Vaccine operations Central Provinces 1886-1899 - 1886-1899
Year: 1886
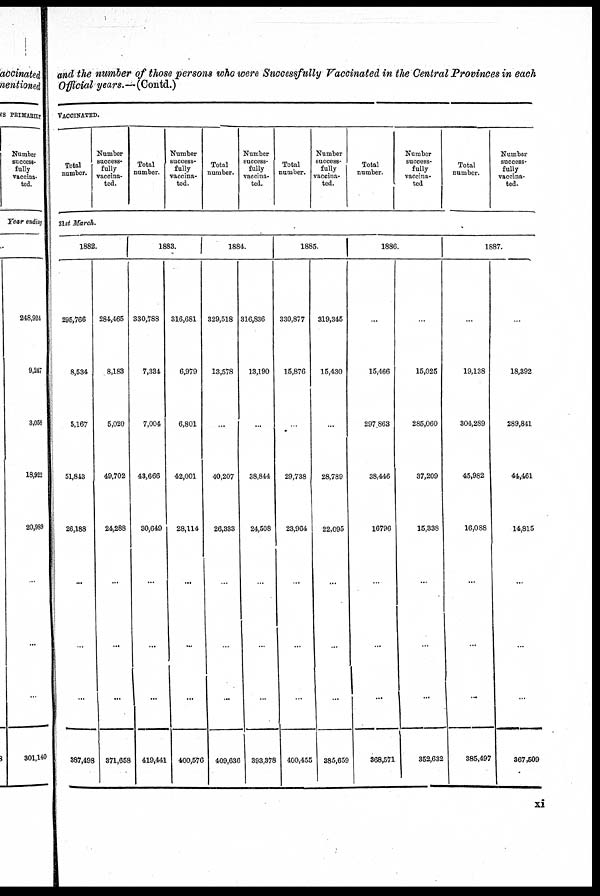
and the number of those persons who were Successfully Vaccinated in the Central Provinces in each
Official years.— (Contd.)
VACCINATED.
Total
number.
Number
success-
fully
vaccina-
ted.
Total
Number.
Number
success-
fully
vaccina-
ted.
Total
number.
Number
success-
fully
vaccina-
ted.
Total
number.
Number
success-
fully
vaccina-
ted.
Total
number.
Number
success-
fully
vaccina-
ted
Total
number.
Number
success-
fully
vaccina-
ted.
31st March.
1882.
295,766
8,534
5,167
51,843
26,188
...
...
...
387,498
284,465
8,183
5,020
49,702
24,288
...
...
...
371,658
1883.
330,788
7,334
7,004
43,666
30,649
...
...
...
419,441
316,681
6,979
6,801
42,001
28,114
...
...
...
400,576
1884.
329,518
13,578
...
40,207
26,333
...
...
...
409,636
316,836
13,190
...
38,844
24,508
...
...
...
393,378
1885.
330,877
15,876
...
29,738
23,964
...
...
...
400,455
319,345
15,430
...
28,789
22,095
...
...
...
385,659
1886.
...
15,466
297,863
38,446
16796
...
...
...
368,571
...
15,025
285,060
37,209
15,338
...
...
...
352,632
1887.
...
19,138
304,289
45,982
16,088
...
...
...
385,497
...
18,392
289,841
44,461
14,815
...
...
...
367,509
xi